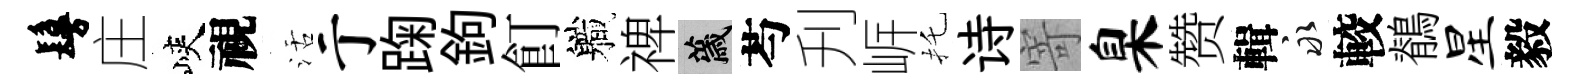
鬘庄峽視活亍踘鉤飣軄禆薉芍刋㟁托诗寄臬赞輯永較鶺星毅